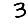
Digit: 3